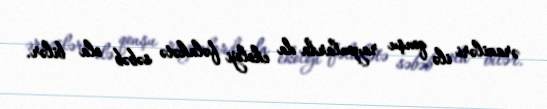
əraziləri ilə qonşu rayonlarda da ekoloji fəlakətə səbəb ola bilər.